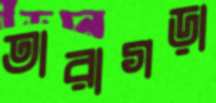
তারাগড়া